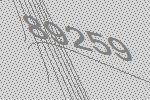
89259